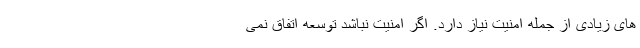
های زیادی از جمله امنیت نیاز دارد. اگر امنیت نباشد توسعه اتفاق نمی